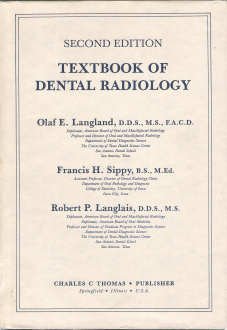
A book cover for Textbook of Dental Radiology; Olaf E. Langland; Medical Books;